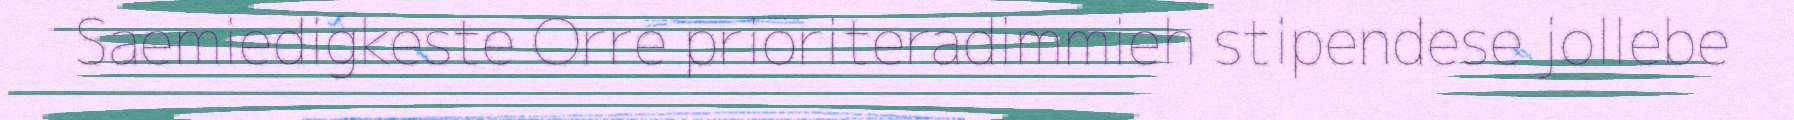
Saemiedigkeste Orre prioriteradimmieh stipendese jollebe